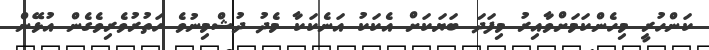
ކަންހުރީ މިހެންކަމަށްވާއިރު މިފަދަ ބަޔަކަށް އެކަކު އަނެކަކާ މެދު ދުޝްމިނުވެ ހަތުރުވެރިވެގެން އުޅޭން